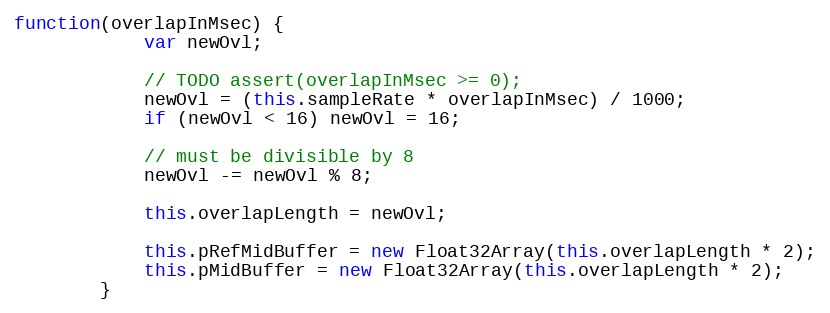
Language: JavaScript
function(overlapInMsec) {
            var newOvl;

            // TODO assert(overlapInMsec >= 0);
            newOvl = (this.sampleRate * overlapInMsec) / 1000;
            if (newOvl < 16) newOvl = 16;

            // must be divisible by 8
            newOvl -= newOvl % 8;

            this.overlapLength = newOvl;

            this.pRefMidBuffer = new Float32Array(this.overlapLength * 2);
            this.pMidBuffer = new Float32Array(this.overlapLength * 2);
        }